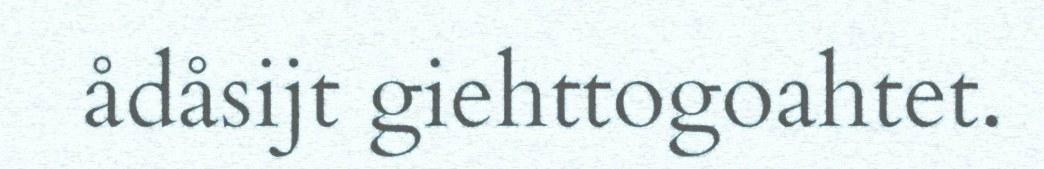
ådåsijt giehttogoahtet.